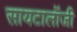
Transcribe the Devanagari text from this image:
सायटालॉजी